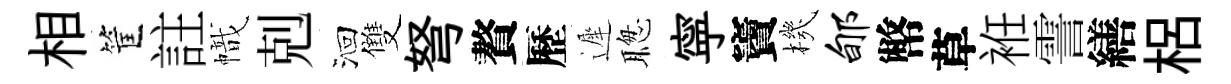
相筐註幟剋洄雙弩贅歷遲聦寜竇機郇幣草袵霅繕梠